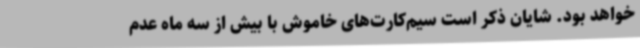
خواهد بود. شایان ذکر است سیم‌کارت‌های خاموش با بیش از سه ماه عدم